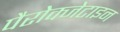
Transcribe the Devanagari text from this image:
पैरोक्जेटाइन